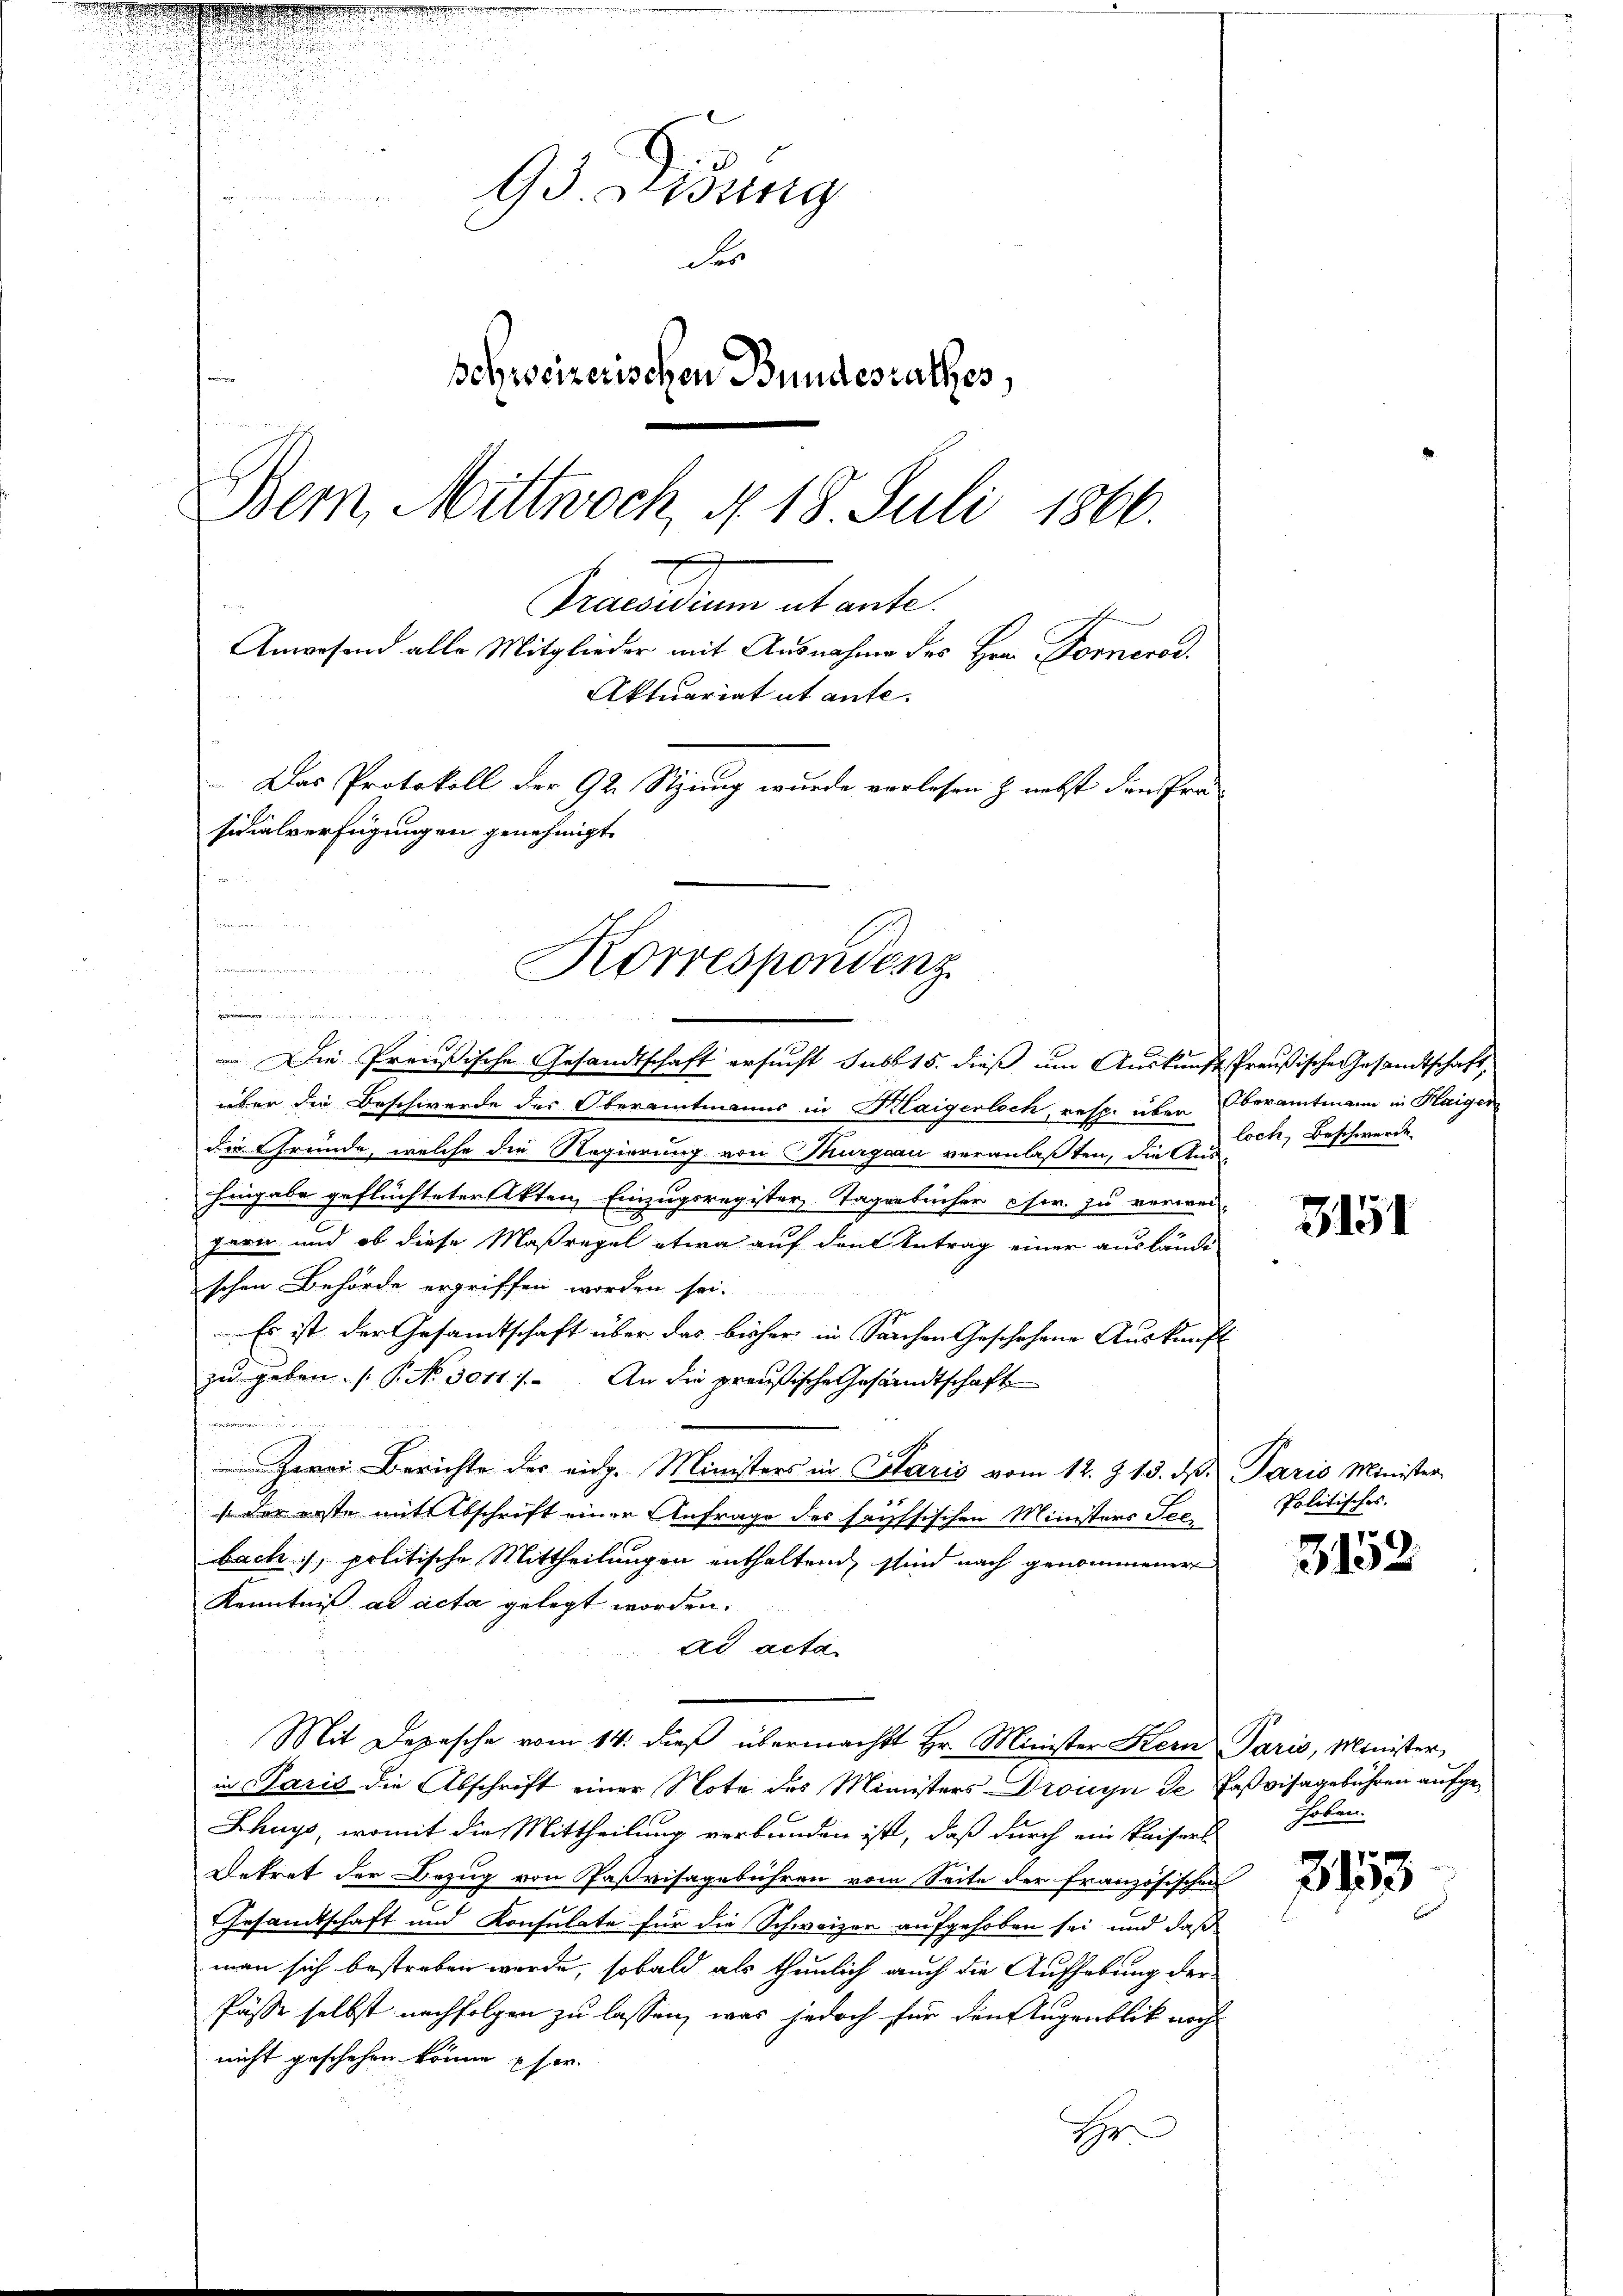
95. Didung
u
r
Ser
schweizerischen Bundesrathes,
Bern, Mittwoch No. 18. Juli 1866.
academie et ente
Anwesend alle Mitglieder mit Ausnahme des Hrn. Fornerod.
Aktuariat ut ante.
Das Protokoll der 92. Sizung wurde verlesen & nebst den Pra
sidialverfügungen genehmigt.

Korrespondenz
a
           20 x

Die Preußische Gesandtschaft ersucht sub 15. dieß um Auskunftpreußische Gesandtschaft,
über die Beschwerde des Oberamtmanns in Haigerloch, resp. über beramtmann in Haiger
die Gründe, welche die Regierung von Thurgau veranlaßten, die Aus-
Eingabe geflüchteter Akten, Einzugsregister Tagenbücher Fr. zu verweigern und ob diese Maßregel etwa auf den Antrag einer ausländischen Behörde ergriffen worden sei.
Es ist der Gesamtschaft über das bisher in Sachen Geschehene Auskunft
zu geben. (T. No. 3011). An die preußische Gesandtschaft

Zwei Berichte des eidg. Ministers in Polaris vom 12. Z. 13. d. Paris Minister
s der erste mit Abschrift einer Anfrage des haussischen Ministers Seebach, politische Mittheilungen enthaltend, sind nach genommener
Kenntniß ad acta gelegt worden.
ad acta
Mit Depesche vom 14. dieß übermacht Hr. Minister Kern Paris, Minister
in Paris die Abschrift einer Note des Ministers Dronya de Faßvisagebühren aufge¬
Zhuys, womit die Mittheilung verbunden ist, daß durch ein Kaisers
Betrat der Bezug von Paßvisagebühren vom Seite der französischen
Gesandtschaft und Konsulate für die Schweizer aufgehoben sei, und daß
man sich bestreben werde, sobald als thunlich auch die Aufhebung der
Pässe selbst nachfolgen zu lassen, was jedoch für den Augenblick noch
nicht geschehen könne ser
H

loch, Beschwerde

3151

Politisches.

3152

hoben.

3153